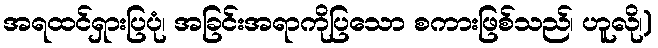
အရထင်ရှားပြပုံ၊ အခြင်းအရာကိုပြသော စကားဖြစ်သည်၊ ဟူလို၊)